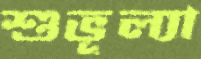
শুভূল্যা